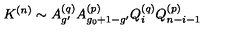
K ^ { ( n ) } \sim A _ { g ^ { \prime } } ^ { ( q ) } A _ { g _ { 0 } + 1 - g ^ { \prime } } ^ { ( p ) } Q _ { i } ^ { ( q ) } Q _ { n - i - 1 } ^ { ( p ) }